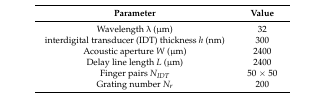
| Parameter | Value |
 | --- | --- |
 | Wavelength λ (μm) | 32 |
 | interdigital transducer (IDT) thickness h (nm) | 300 |
 | Acoustic aperture W (μm) | 2400 |
 | Delay line length L (μm) | 2400 |
 | Finger pairs NIDT | 50 × 50 |
 | Grating number Nr | 200 |